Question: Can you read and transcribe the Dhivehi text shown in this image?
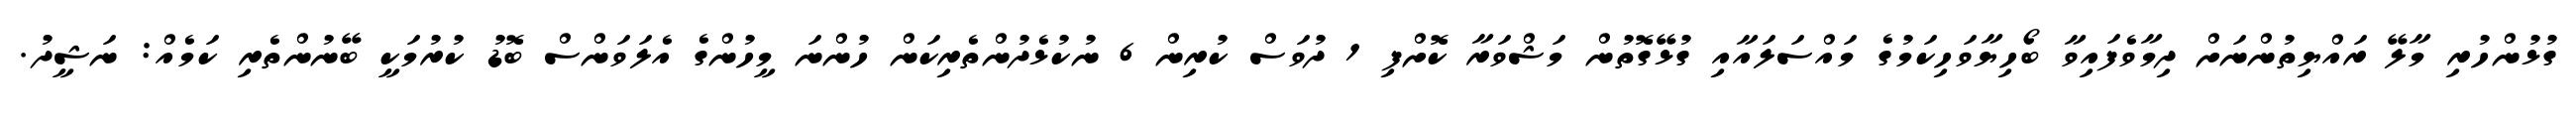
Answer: ގުޅުންހުރި މާލޭ ރައްޔިތުންނަށް ދިމާވެފައިވާ ބޯހިޔާވަހިކަމުގެ މައްސަލައާއި ގުޅޭގޮތުން މަޝްވަރާ ކޮށްފި 1 ދުވަސް ކުރިން 6 ނުކުޅެދުންތެރިކަން ހުންނަ މީހުންގެ އެލަވަންސް ބޮޑު ކުރުމަކީ ބޭނުންތެރި ކަމެއް: ނަޝީދު.